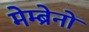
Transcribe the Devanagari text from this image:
मेम्ब्रेनों